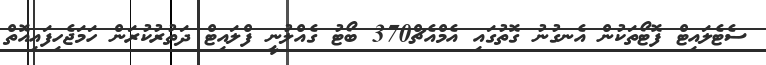
ސެޓެލައިޓް ފޮޓޯތަކުން އެނގުނު ގޮތުގައި އެމްއެޗް370 ބޯޓު ގެއްލުނީ ފްލައިޓް ދަތުރުކުރަން ހަމަޖެހިފައިއޮތް